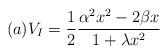
LaTeX: \begin{align*} (a) V_{I} = \frac {1}{2} \frac {\alpha^{2}x^{2} - 2\beta x}{1 + \lambda x^{2}}\end{align*}